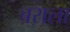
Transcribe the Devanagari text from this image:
बराला